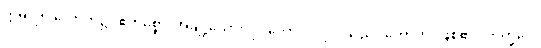
ဣဓ၊ ဤလောက၌။ ဧကစ္စော၊ အချို့သော။ ပုဂ္ဂလော၊ ပုဂ္ဂိုလ်သည်။ ဟောတိ၊ ဖြစ်၏။ ဘိက္ခဝေ၊